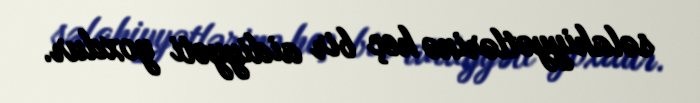
səlahiyyətlərinə heç bir aidiyyəti yoxdur.